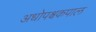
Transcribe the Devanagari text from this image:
अधोपश्चकपाल